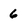
Character: 6